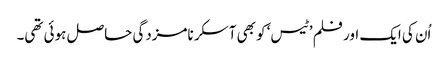
اُن کی ایک اور فلم ’ٹیس‘ کو بھی آسکر نامزدگی حاصل ہوئی تھی۔